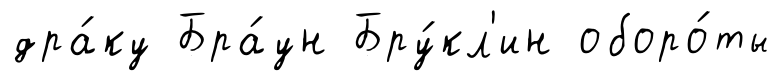
дра́ку Бра́ун Бру́кл'ин оборо́ты